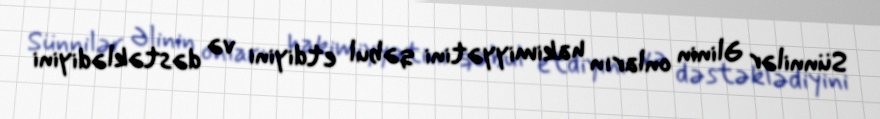
Sünnilər Əlinin onların hakimiyyətini qəbul etdiyini və dəstəklədiyini